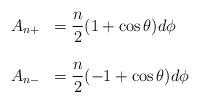
LaTeX: \begin{align*}\begin{array}{cl} A_{n+}&={\displaystyle \frac{n}{2}}(1+\cos\theta)d\phi\\ \\ A_{n-}&={\displaystyle \frac{n}{2}}(-1+\cos\theta)d\phi \end{array}\end{align*}